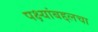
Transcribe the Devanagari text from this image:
पक्ष्यांबद्दलचा